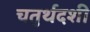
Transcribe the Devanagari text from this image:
चतुर्थदशी